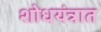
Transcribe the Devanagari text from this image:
शोधयंत्रात